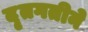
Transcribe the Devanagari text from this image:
दृतगतीने